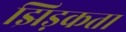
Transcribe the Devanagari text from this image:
झिड़कता